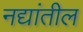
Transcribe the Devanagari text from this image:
नद्यांतील